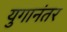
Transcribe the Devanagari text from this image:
युगानंतर